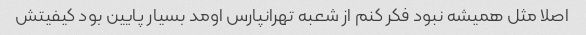
اصلا مثل همیشه نبود فکر کنم از شعبه تهرانپارس اومد بسیار پایین بود کیفیتش